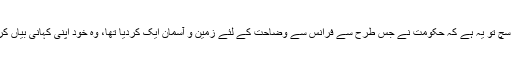
دراصل سچ تو یہ ہے کہ حکومت نے جس طرح سے فرانس سے وضاحت کے لئے زمین و آسمان ایک کردیا تھا، وہ خود اپنی کہانی بیاں کرتی ہے۔